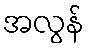
အလွန်